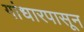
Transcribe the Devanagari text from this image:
गांधारपासून